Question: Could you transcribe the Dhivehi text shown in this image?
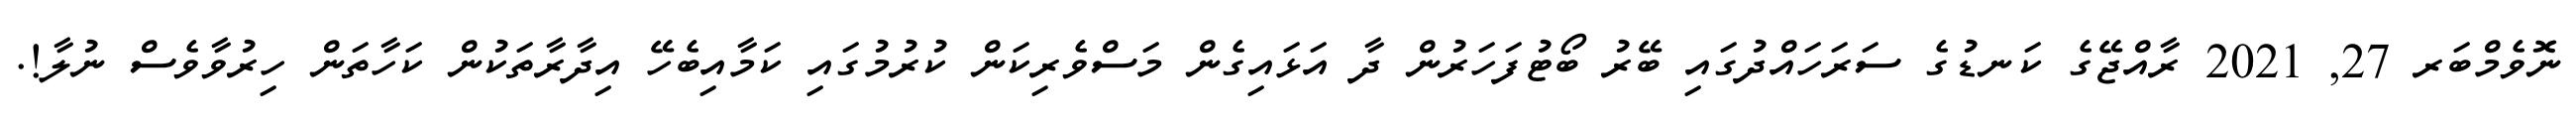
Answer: ނޮވެމްބަރ 27, 2021 ރާއްޖޭގެ ކަނޑުގެ ސަރަހައްދުގައި ބޭރު ބޯޓުފަހަރުން ދާ އަޅައިގެން މަސްވެރިކަން ކުރުމުގައި ކަމާއިބެހޭ އިދާރާތަކުން ކަހާތަން ހިރުވާވެސް ނުލާ!.